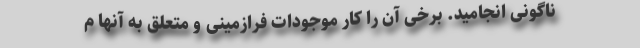
ناگونی انجامید. برخی آن را کار موجودات فرازمینی و متعلق به آنها م